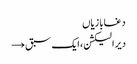
دغابازیاں
دیر الیکشن، ایک سبق →